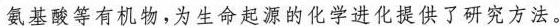
氨基酸等有机物，为生命起源的化学进化提供了研究方法。